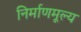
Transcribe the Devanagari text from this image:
निर्माणमूल्य